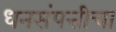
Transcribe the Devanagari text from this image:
धनसंपत्तीचा